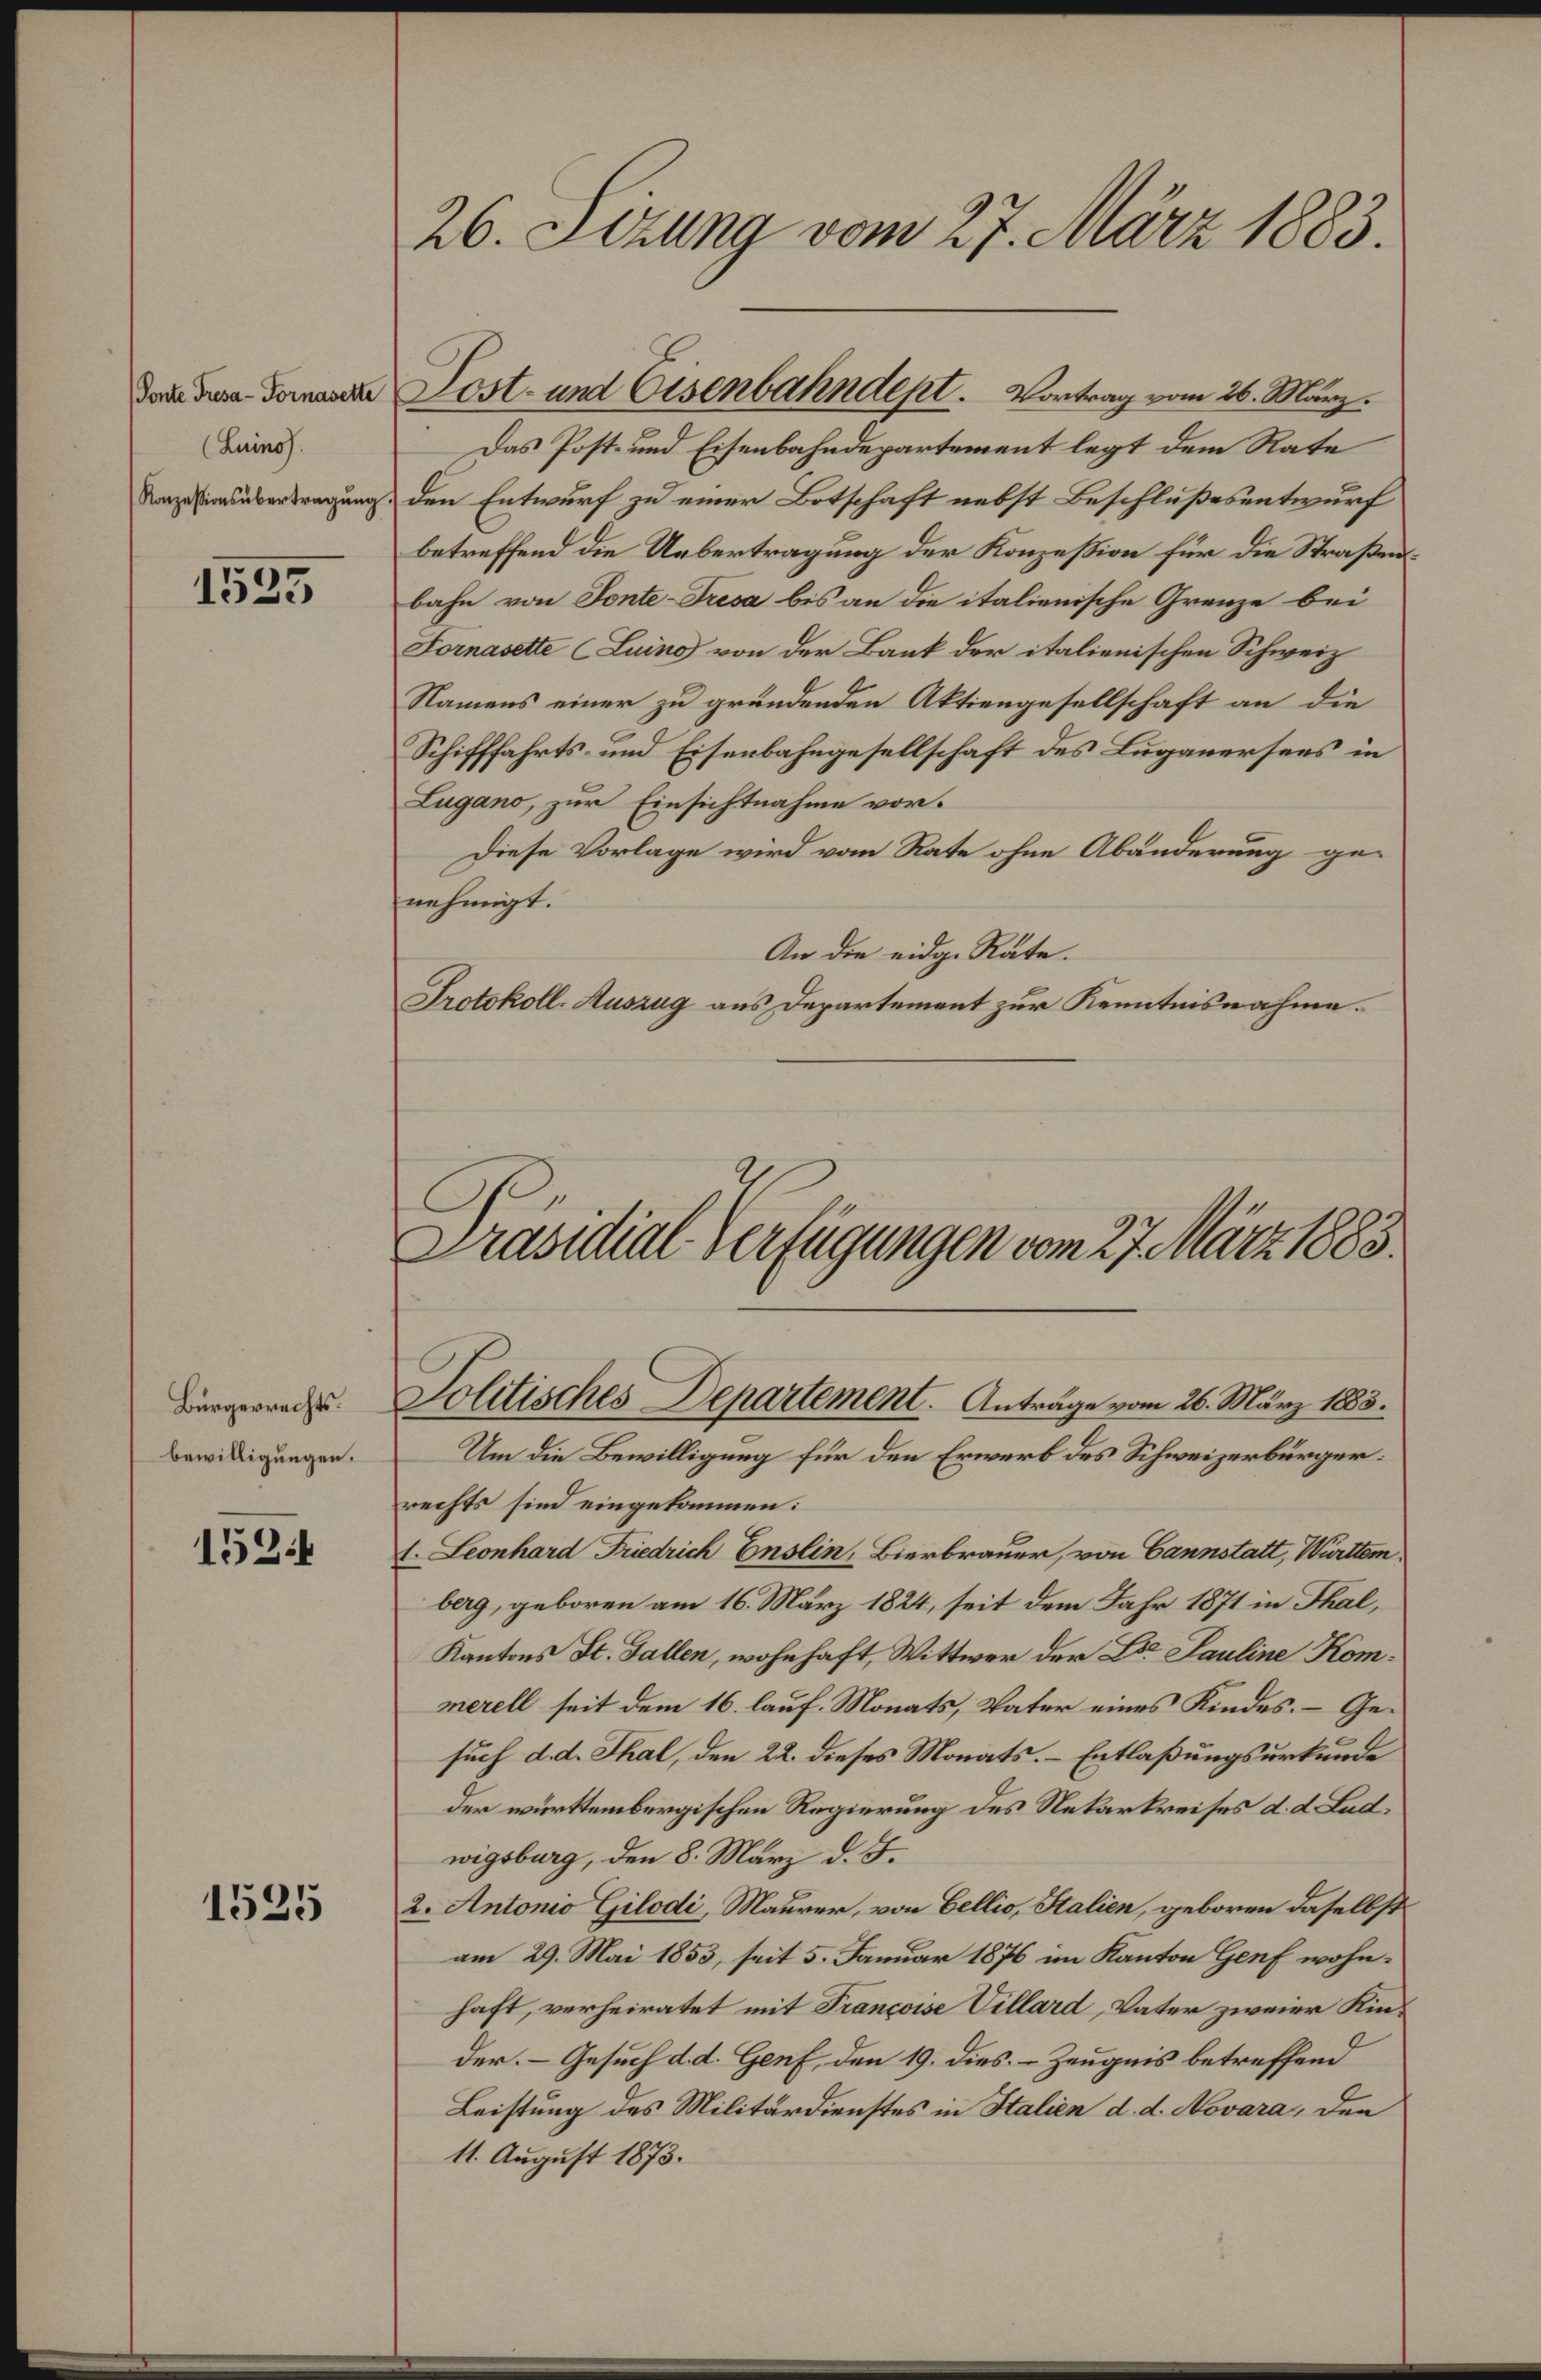
Ponte Tresa-Fornasette
(Luinos.

1535

Bürgerrechts.
bewilligungen.

152.

1525

26. Sizung vom 27. März 1883.

Das Post- und Eisenbahndepartement legt dem Rate
Karzessions übertragung, den Entwurf zu einer Botschaft nebst Beschlußesentwurf
betreffend die Uebertragung der Konzession für die Straßenbahn von Fonte-Tresa bis an die italienische Grenze bei
Fornasette (Luino von der Bank der italienischen Schweiz
Namens einer zu gründenden Aktiengesellschaft an die
Schifffahrts- und Eisenbahngesellschaft des Lugauersees in
Lugano, zur Einsichtnahme vor.
Diese Vorlage wird vom Rate ohne Abänderung ge-
nehmigt.
An die eidg. Räte.
Protokoll-Auszug aus Departement zur Kenntnisnahme.

Lost- und Eisenbahndept. Vortrag vom 26. März.

Solitisches Departement. Anträge vom 26. März 1883.
Um die Bewilligung für den Erwerb des Schweizerbürger:

Präsidial-Verfügungen vom 27. März 1883.

rechts sind eingekommen:
 Leonhard Friedrich Enslin, Bierbrauer, von Cannstatt, Württem
berg, geboren am 16. März 1824, seit dem Jahr 1871 in Thal,
Kantons St. Gallen, wohnhaft, Wittwer der Dir Pauline Kommerell seit dem 16. lauf. Monats, Vater eines Kindes. – Gesuch d. d. Thal, den 22. dieses Monats. Entlaßungsurkunde
der württembergischen Regierung des Nekarkreises d. d. Ludwigsburg, den 8. März d. J.
2. Antonio Gilodi, Maurer, von Bellio, Italien, geboren daselbst
am 29. Mai 1853, seit 5. Januar 1876 im Kanton Genf wohnhaft, verheiratet mit Francoise Villard, Vater zweier Kinder. – Gesuch d. d. Genf, den 19. dies Zeugnis betreffend
Leistung des Militärdienstes in Italien d. d. Novara, den
11. August 1873.